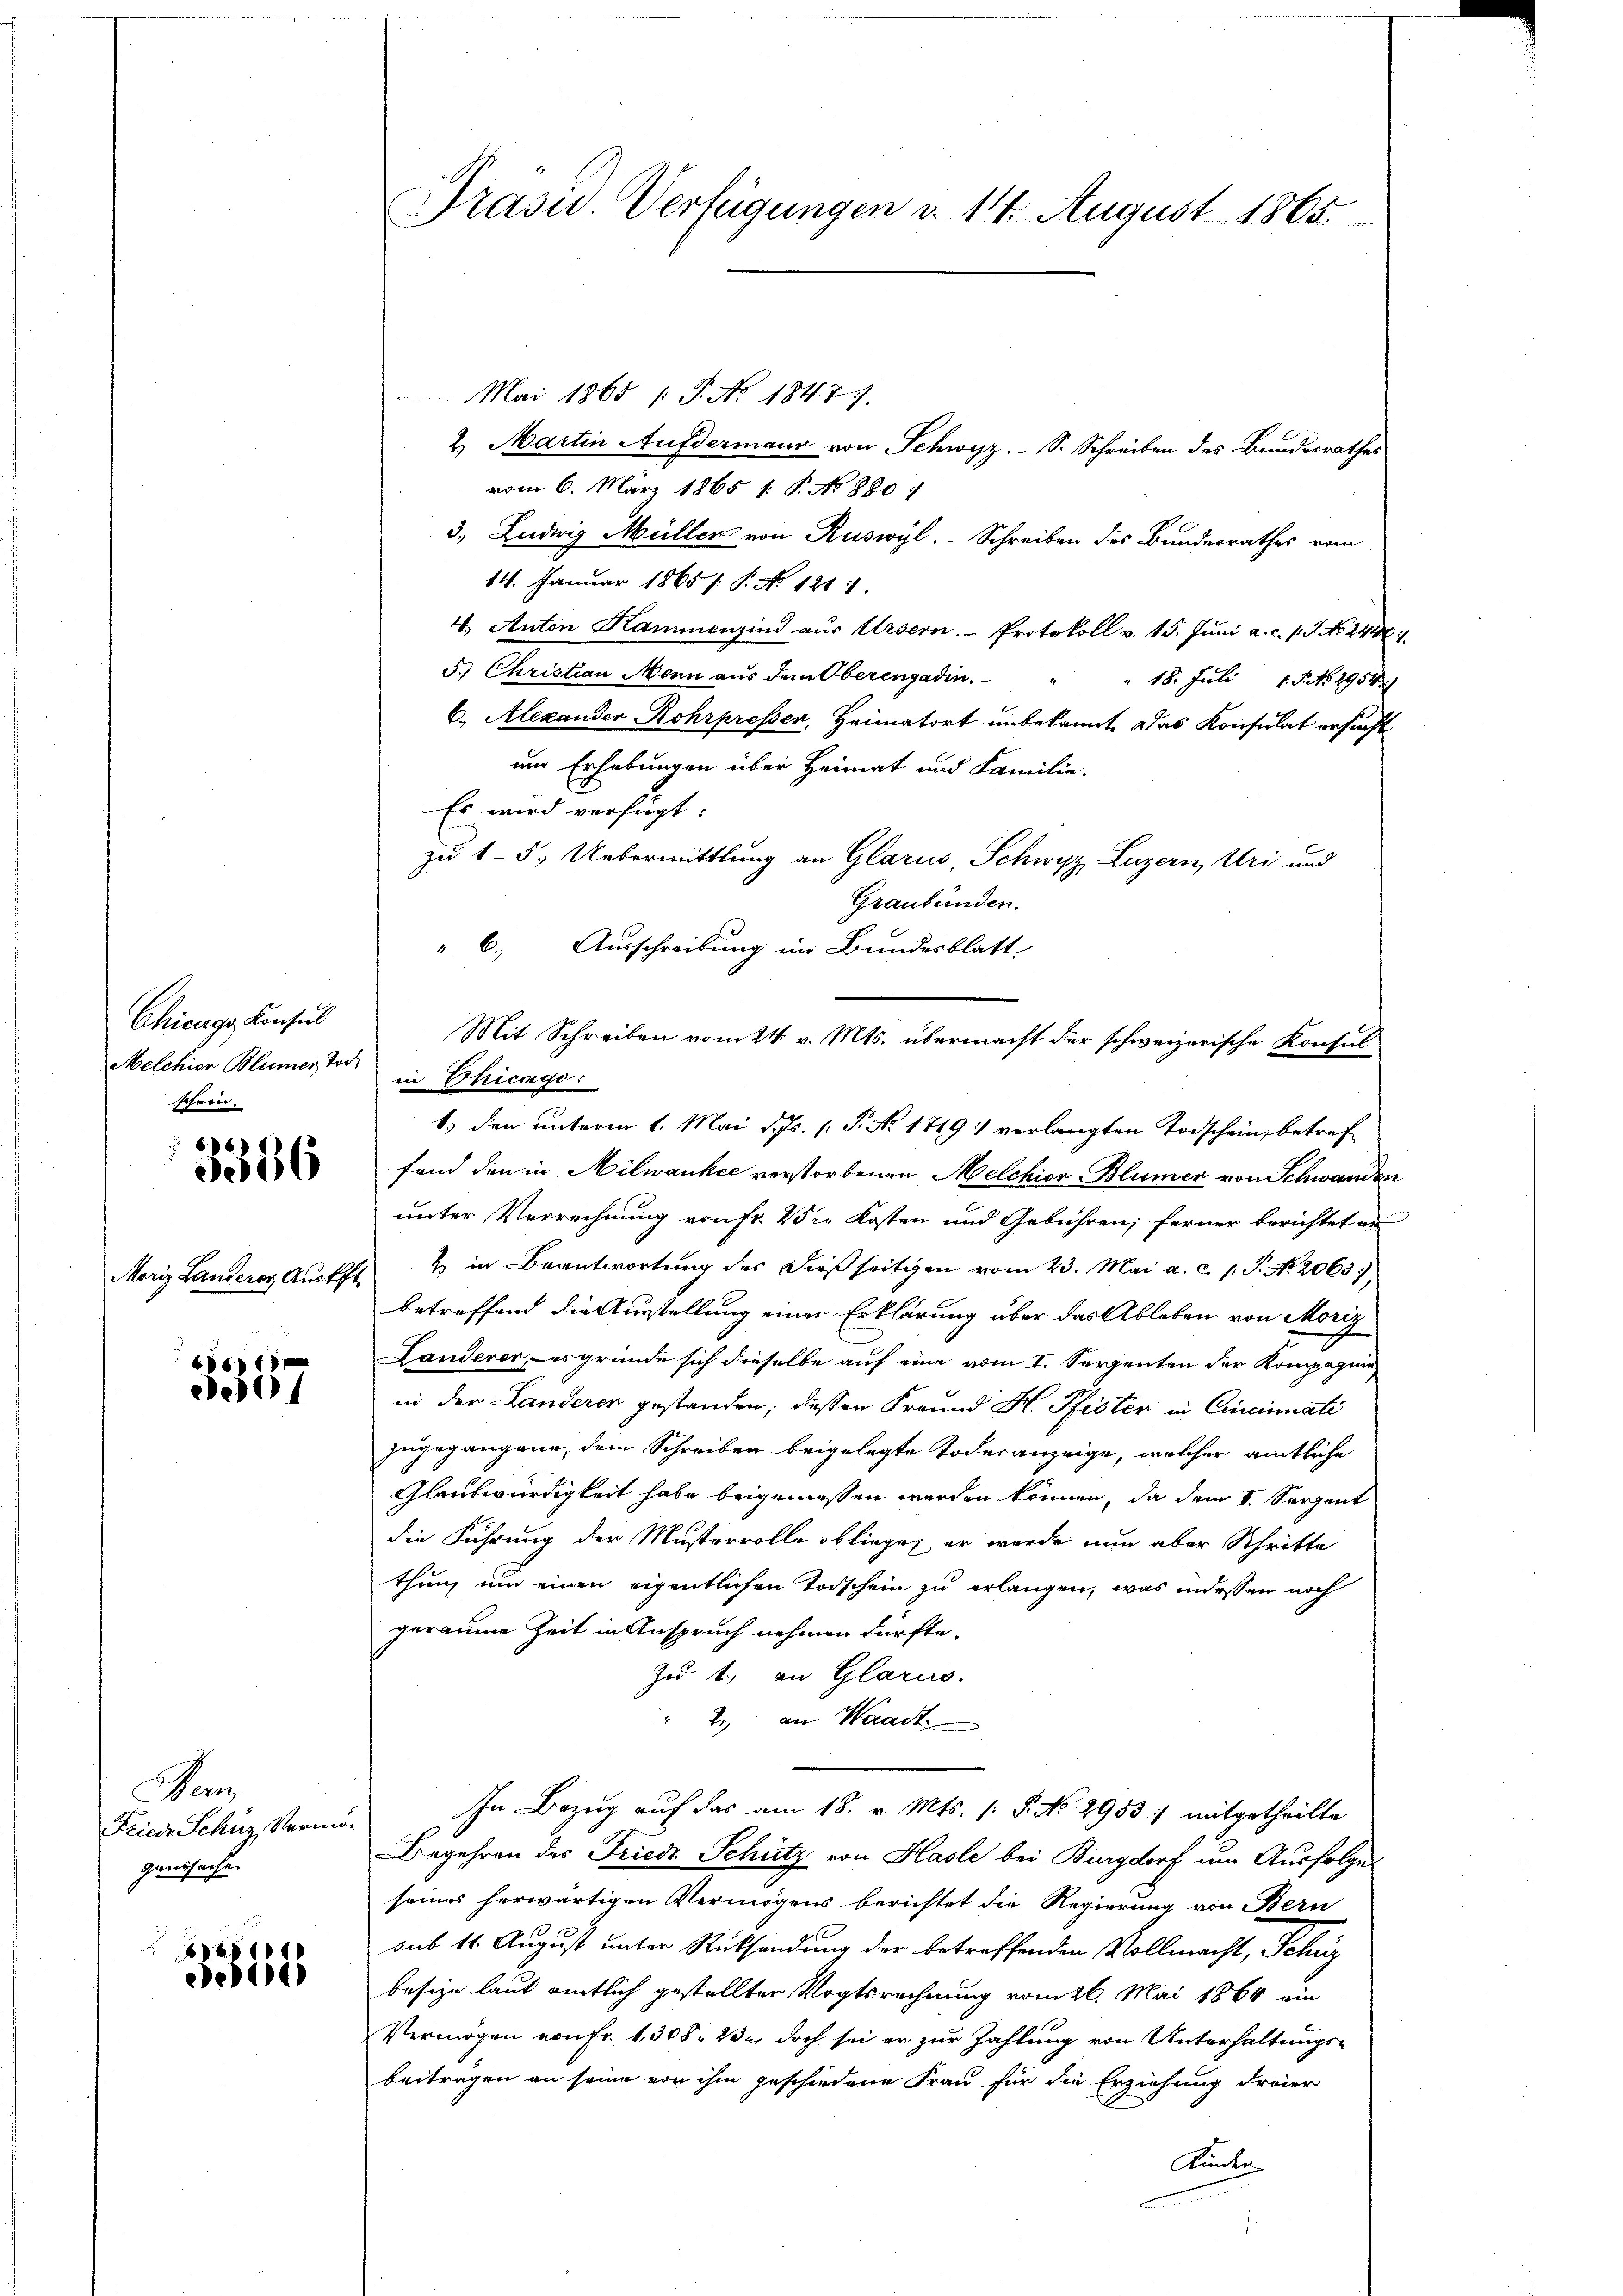
Chicage Konsul
Melchior Blümer, Toc
schein.

606
056

Moriz Landerer, Auskft.

66 f
e

Hern
Friedr Schüz, Vermö
genssache.

3855

Präsid.. Verfügungen d. 14. August 1865.

Mai 1865 /: P. No. 18477.
2. Martin Aufdermaur von Schwyz. S. Schreiben des Bundesrathes
vom 6. März 1865 1: P. No 880:
3.) Ludwig Müller von Ruswyl. Schreiben des Bundesrathes vom
14. Januar 1865 /: P. No 121.
4. Anton Kammenzind aŭs Ursern. Protokoll v. 15. Jŭni a. c. pr. No. 2410
5.) Christian Mann aus dem Oberengadin
" 18. Juli 18. No. 1954
6. Alexander Rohrpressen, Heimatort unbekannt. Das Konsulat ersucht
um Erhebungen über Heimat und Familie.
Es wird verfügt:
zu 15. Uebermittlung an Glarus, Schwyz, Luzern, Uri und
Graubünden.
" 6. Ausschreibung im Bundesblatt
in Chicago:
fand den in Milwankee verstorbenen Melchior Blümer von Schwanden
unter Verrechnung von fr. V. Kosten und Gebühren; ferner berichtet en
& in Beantwortung des dießseitigen vom 23. Mai a. c. p. P. No. 2063),
betreffend die Ausstellung einer Erklärung über das Ableben von Moriz
Landerer, es gründe sich dieselbe auf eine vom I. Serpenten der Kompagnie
in der Landerer gestanden; dessen Freund H. Pfister in Cincinuati
zugegangene, dem Schreiben beigelegte Todesanzeige, welcher amtliche
Glaubwürdigkeit habe beigemessen werden können, da dem 1. Serpent
die Führung der Musterrolle obliege; er wurde nun aber Schritte
thung um einen eigentlichen Todschein zu erlangen, was indessen noch
geraume Zeit in Anspruch nehmen dürfte.
Zu 1. an Glarus.
2. an Waadt
In Bezug auf das am 18. v. Mts. 1. P. No. 2953:/ mitgetheilte
Begehren des Friede Schütz von Hasle bei Burgdorf um Ausfolge
seines herwärtigen Vermögens berichtet die Regierung von Bern
sub 1. August unter Rücksendung der betreffenden Vollmacht, Schüz
besize laut amtlich gestellter Vogtsrechnung vom 26. Mai 1864 ein
Vermögen von Fr. 1308. 23 u. doch sei er zur Zahlung von Unterhaltungsbeitragen an seine von ihm geschiedene Frau für die Erziehung freier
Kunke

Mit Schreiben vom 24. v. Mts. übermacht der schweizerische Konsul
1.) den unterm 1. Mai d. Js. (: P. Nr. 1719 : verlangten Todschein, betref¬